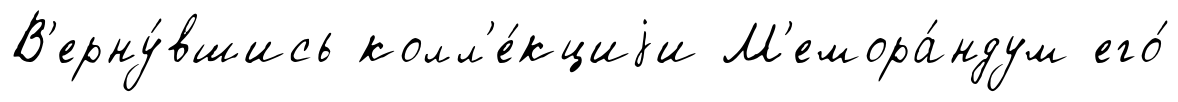
В'ерну́вшись колл'е́кциjи М'емора́ндум его́